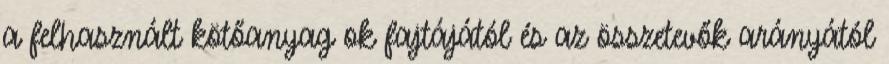
a felhasznált kötőanyag ok fajtájától és az összetevők arányától